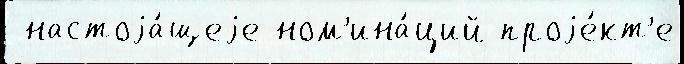
 настоjа́щеjе ном'ина́ций проjе́кт'е